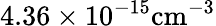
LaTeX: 4.36\times 10^{-15}\mathrm{cm}^{-3}